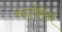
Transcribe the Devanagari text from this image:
चार्लमेन